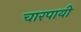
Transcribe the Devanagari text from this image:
चारपायी